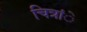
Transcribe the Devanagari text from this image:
चित्रांे